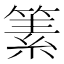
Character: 𥱨